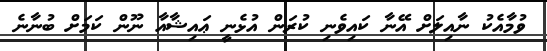
ވުމާއެކު ނާއިލަށް އޭނާ ކައިވެނި ކުރަން އުޅެނީ ޢައިޝާއާ ނޫން ކަމަށް ބުނާނެ